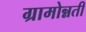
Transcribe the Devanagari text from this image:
ग्रामोन्नती